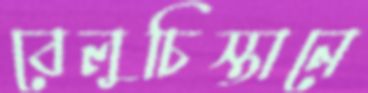
বেলুচিস্তানে